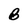
Character: B